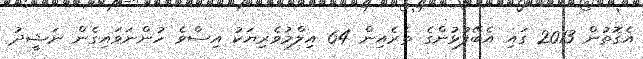
އެގޮތުން 2013 ގައި އެބޭފުޅުންގެ ތެރެއިން 64 އިލްމުވެރިޔަކު އިސްވެ ހުންނަވައިގެން ނަޝީދު